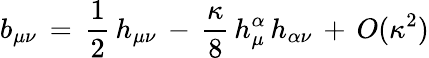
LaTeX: b_{\mu\nu}\, =\, \frac{1}{2}\, h_{\mu\nu}\, -\, \frac{\kappa}{8}\, h_{\mu}^{\alpha}\, h_{\alpha\nu}\, +\, O(\kappa^{2})